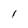
Character: 1